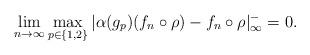
LaTeX: \begin{align*}\lim_{n \to \infty} \max_{p \in \{1,2\}} |\alpha(g_p)(f_n \circ \rho)-f_n \circ \rho|_{\infty}^- = 0.\end{align*}